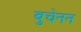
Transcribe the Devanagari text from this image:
बुचेनन